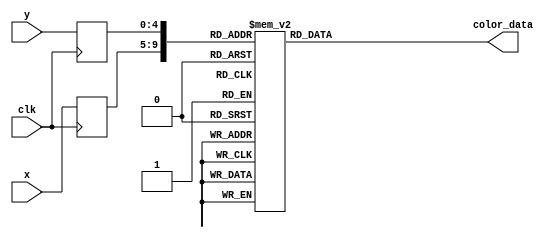
module goomba_rom(
        input wire clk,
        input wire [4:0] x,
        input wire [4:0] y,
        output reg [11:0] color_data
);

    (* rom_style = "block" *)

    //signal declaration
    reg [4:0] x_reg;
    reg [4:0] y_reg;

    always @(posedge clk) begin
        x_reg <= x;
        y_reg <= y;
    end

    always @*
        case ({x_reg, y_reg})
			// right: 5'd26, bottom: 5'd27
			{5'd0, 5'd0}: color_data = 12'h3b9;
			{5'd0, 5'd1}: color_data = 12'h3b9;
			{5'd0, 5'd2}: color_data = 12'h3b9;
			{5'd0, 5'd3}: color_data = 12'h3b9;
			{5'd0, 5'd4}: color_data = 12'h3b9;
			{5'd0, 5'd5}: color_data = 12'h3b9;
			{5'd0, 5'd6}: color_data = 12'h3b9;
			{5'd0, 5'd7}: color_data = 12'h3b9;
			{5'd0, 5'd8}: color_data = 12'h3b9;
			{5'd0, 5'd9}: color_data = 12'h3b9;
			{5'd0, 5'd10}: color_data = 12'h3b9;
			{5'd0, 5'd11}: color_data = 12'h3b9;
			{5'd0, 5'd12}: color_data = 12'h752;
			{5'd0, 5'd13}: color_data = 12'h752;
			{5'd0, 5'd14}: color_data = 12'h742;
			{5'd0, 5'd15}: color_data = 12'h742;
			{5'd0, 5'd16}: color_data = 12'h752;
			{5'd0, 5'd17}: color_data = 12'h752;
			{5'd0, 5'd18}: color_data = 12'h3b9;
			{5'd0, 5'd19}: color_data = 12'h3b9;
			{5'd0, 5'd20}: color_data = 12'h3b9;
			{5'd0, 5'd21}: color_data = 12'h3b9;
			{5'd0, 5'd22}: color_data = 12'h3b9;
			{5'd0, 5'd23}: color_data = 12'h3b9;
			{5'd0, 5'd24}: color_data = 12'h3b9;
			{5'd0, 5'd25}: color_data = 12'h3b9;
			{5'd0, 5'd26}: color_data = 12'h3b9;
			{5'd0, 5'd27}: color_data = 12'h3b9;
			{5'd1, 5'd0}: color_data = 12'h3b9;
			{5'd1, 5'd1}: color_data = 12'h3b9;
			{5'd1, 5'd2}: color_data = 12'h3b9;
			{5'd1, 5'd3}: color_data = 12'h3b9;
			{5'd1, 5'd4}: color_data = 12'h3b9;
			{5'd1, 5'd5}: color_data = 12'h3b9;
			{5'd1, 5'd6}: color_data = 12'h3b9;
			{5'd1, 5'd7}: color_data = 12'h3b9;
			{5'd1, 5'd8}: color_data = 12'h853;
			{5'd1, 5'd9}: color_data = 12'h752;
			{5'd1, 5'd10}: color_data = 12'h752;
			{5'd1, 5'd11}: color_data = 12'h752;
			{5'd1, 5'd12}: color_data = 12'h752;
			{5'd1, 5'd13}: color_data = 12'h752;
			{5'd1, 5'd14}: color_data = 12'h752;
			{5'd1, 5'd15}: color_data = 12'h752;
			{5'd1, 5'd16}: color_data = 12'h752;
			{5'd1, 5'd17}: color_data = 12'h752;
			{5'd1, 5'd18}: color_data = 12'h752;
			{5'd1, 5'd19}: color_data = 12'h852;
			{5'd1, 5'd20}: color_data = 12'h3b9;
			{5'd1, 5'd21}: color_data = 12'h3b9;
			{5'd1, 5'd22}: color_data = 12'h000;
			{5'd1, 5'd23}: color_data = 12'h000;
			{5'd1, 5'd24}: color_data = 12'h000;
			{5'd1, 5'd25}: color_data = 12'h000;
			{5'd1, 5'd26}: color_data = 12'h000;
			{5'd1, 5'd27}: color_data = 12'h3b9;
			{5'd2, 5'd0}: color_data = 12'h3b9;
			{5'd2, 5'd1}: color_data = 12'h3b9;
			{5'd2, 5'd2}: color_data = 12'h3b9;
			{5'd2, 5'd3}: color_data = 12'h3b9;
			{5'd2, 5'd4}: color_data = 12'h3b9;
			{5'd2, 5'd5}: color_data = 12'h3b9;
			{5'd2, 5'd6}: color_data = 12'h3b9;
			{5'd2, 5'd7}: color_data = 12'h3b9;
			{5'd2, 5'd8}: color_data = 12'h752;
			{5'd2, 5'd9}: color_data = 12'h752;
			{5'd2, 5'd10}: color_data = 12'h752;
			{5'd2, 5'd11}: color_data = 12'h752;
			{5'd2, 5'd12}: color_data = 12'h752;
			{5'd2, 5'd13}: color_data = 12'h752;
			{5'd2, 5'd14}: color_data = 12'h752;
			{5'd2, 5'd15}: color_data = 12'h752;
			{5'd2, 5'd16}: color_data = 12'h752;
			{5'd2, 5'd17}: color_data = 12'h752;
			{5'd2, 5'd18}: color_data = 12'h852;
			{5'd2, 5'd19}: color_data = 12'h752;
			{5'd2, 5'd20}: color_data = 12'h3b9;
			{5'd2, 5'd21}: color_data = 12'h3b9;
			{5'd2, 5'd22}: color_data = 12'h000;
			{5'd2, 5'd23}: color_data = 12'h000;
			{5'd2, 5'd24}: color_data = 12'h000;
			{5'd2, 5'd25}: color_data = 12'h000;
			{5'd2, 5'd26}: color_data = 12'h000;
			{5'd2, 5'd27}: color_data = 12'h3b9;
			{5'd3, 5'd0}: color_data = 12'h3b9;
			{5'd3, 5'd1}: color_data = 12'h3b9;
			{5'd3, 5'd2}: color_data = 12'h3b9;
			{5'd3, 5'd3}: color_data = 12'h3b9;
			{5'd3, 5'd4}: color_data = 12'h3b9;
			{5'd3, 5'd5}: color_data = 12'h3b9;
			{5'd3, 5'd6}: color_data = 12'h752;
			{5'd3, 5'd7}: color_data = 12'h752;
			{5'd3, 5'd8}: color_data = 12'h752;
			{5'd3, 5'd9}: color_data = 12'h742;
			{5'd3, 5'd10}: color_data = 12'h752;
			{5'd3, 5'd11}: color_data = 12'h752;
			{5'd3, 5'd12}: color_data = 12'h752;
			{5'd3, 5'd13}: color_data = 12'h752;
			{5'd3, 5'd14}: color_data = 12'h752;
			{5'd3, 5'd15}: color_data = 12'h752;
			{5'd3, 5'd16}: color_data = 12'h752;
			{5'd3, 5'd17}: color_data = 12'h752;
			{5'd3, 5'd18}: color_data = 12'h752;
			{5'd3, 5'd19}: color_data = 12'h752;
			{5'd3, 5'd20}: color_data = 12'h000;
			{5'd3, 5'd21}: color_data = 12'h000;
			{5'd3, 5'd22}: color_data = 12'h000;
			{5'd3, 5'd23}: color_data = 12'h000;
			{5'd3, 5'd24}: color_data = 12'h000;
			{5'd3, 5'd25}: color_data = 12'h000;
			{5'd3, 5'd26}: color_data = 12'h000;
			{5'd3, 5'd27}: color_data = 12'h000;
			{5'd4, 5'd0}: color_data = 12'h3b9;
			{5'd4, 5'd1}: color_data = 12'h3b9;
			{5'd4, 5'd2}: color_data = 12'h3b9;
			{5'd4, 5'd3}: color_data = 12'h3b9;
			{5'd4, 5'd4}: color_data = 12'h3b9;
			{5'd4, 5'd5}: color_data = 12'h752;
			{5'd4, 5'd6}: color_data = 12'h752;
			{5'd4, 5'd7}: color_data = 12'h742;
			{5'd4, 5'd8}: color_data = 12'h752;
			{5'd4, 5'd9}: color_data = 12'h752;
			{5'd4, 5'd10}: color_data = 12'h752;
			{5'd4, 5'd11}: color_data = 12'h752;
			{5'd4, 5'd12}: color_data = 12'h752;
			{5'd4, 5'd13}: color_data = 12'h752;
			{5'd4, 5'd14}: color_data = 12'h752;
			{5'd4, 5'd15}: color_data = 12'h752;
			{5'd4, 5'd16}: color_data = 12'h752;
			{5'd4, 5'd17}: color_data = 12'h752;
			{5'd4, 5'd18}: color_data = 12'h752;
			{5'd4, 5'd19}: color_data = 12'h852;
			{5'd4, 5'd20}: color_data = 12'h000;
			{5'd4, 5'd21}: color_data = 12'h000;
			{5'd4, 5'd22}: color_data = 12'h000;
			{5'd4, 5'd23}: color_data = 12'h000;
			{5'd4, 5'd24}: color_data = 12'h000;
			{5'd4, 5'd25}: color_data = 12'h000;
			{5'd4, 5'd26}: color_data = 12'h000;
			{5'd4, 5'd27}: color_data = 12'h000;
			{5'd5, 5'd0}: color_data = 12'h3b9;
			{5'd5, 5'd1}: color_data = 12'h3b9;
			{5'd5, 5'd2}: color_data = 12'h3b9;
			{5'd5, 5'd3}: color_data = 12'h3b9;
			{5'd5, 5'd4}: color_data = 12'h3b9;
			{5'd5, 5'd5}: color_data = 12'h752;
			{5'd5, 5'd6}: color_data = 12'h742;
			{5'd5, 5'd7}: color_data = 12'h100;
			{5'd5, 5'd8}: color_data = 12'h210;
			{5'd5, 5'd9}: color_data = 12'h742;
			{5'd5, 5'd10}: color_data = 12'h742;
			{5'd5, 5'd11}: color_data = 12'h742;
			{5'd5, 5'd12}: color_data = 12'h742;
			{5'd5, 5'd13}: color_data = 12'h742;
			{5'd5, 5'd14}: color_data = 12'h742;
			{5'd5, 5'd15}: color_data = 12'h742;
			{5'd5, 5'd16}: color_data = 12'h752;
			{5'd5, 5'd17}: color_data = 12'h752;
			{5'd5, 5'd18}: color_data = 12'h752;
			{5'd5, 5'd19}: color_data = 12'h752;
			{5'd5, 5'd20}: color_data = 12'h000;
			{5'd5, 5'd21}: color_data = 12'h000;
			{5'd5, 5'd22}: color_data = 12'h000;
			{5'd5, 5'd23}: color_data = 12'h000;
			{5'd5, 5'd24}: color_data = 12'h000;
			{5'd5, 5'd25}: color_data = 12'h000;
			{5'd5, 5'd26}: color_data = 12'h000;
			{5'd5, 5'd27}: color_data = 12'h000;
			{5'd6, 5'd0}: color_data = 12'h3b9;
			{5'd6, 5'd1}: color_data = 12'h3b9;
			{5'd6, 5'd2}: color_data = 12'h3b9;
			{5'd6, 5'd3}: color_data = 12'h752;
			{5'd6, 5'd4}: color_data = 12'h752;
			{5'd6, 5'd5}: color_data = 12'h752;
			{5'd6, 5'd6}: color_data = 12'h752;
			{5'd6, 5'd7}: color_data = 12'h000;
			{5'd6, 5'd8}: color_data = 12'h111;
			{5'd6, 5'd9}: color_data = 12'h986;
			{5'd6, 5'd10}: color_data = 12'h986;
			{5'd6, 5'd11}: color_data = 12'h986;
			{5'd6, 5'd12}: color_data = 12'h986;
			{5'd6, 5'd13}: color_data = 12'h986;
			{5'd6, 5'd14}: color_data = 12'h986;
			{5'd6, 5'd15}: color_data = 12'h975;
			{5'd6, 5'd16}: color_data = 12'h742;
			{5'd6, 5'd17}: color_data = 12'h752;
			{5'd6, 5'd18}: color_data = 12'h752;
			{5'd6, 5'd19}: color_data = 12'hb95;
			{5'd6, 5'd20}: color_data = 12'hdb7;
			{5'd6, 5'd21}: color_data = 12'h542;
			{5'd6, 5'd22}: color_data = 12'h321;
			{5'd6, 5'd23}: color_data = 12'h000;
			{5'd6, 5'd24}: color_data = 12'h000;
			{5'd6, 5'd25}: color_data = 12'h000;
			{5'd6, 5'd26}: color_data = 12'h000;
			{5'd6, 5'd27}: color_data = 12'h000;
			{5'd7, 5'd0}: color_data = 12'h3b9;
			{5'd7, 5'd1}: color_data = 12'h3b9;
			{5'd7, 5'd2}: color_data = 12'h3b9;
			{5'd7, 5'd3}: color_data = 12'h752;
			{5'd7, 5'd4}: color_data = 12'h752;
			{5'd7, 5'd5}: color_data = 12'h752;
			{5'd7, 5'd6}: color_data = 12'h742;
			{5'd7, 5'd7}: color_data = 12'h000;
			{5'd7, 5'd8}: color_data = 12'h333;
			{5'd7, 5'd9}: color_data = 12'hfff;
			{5'd7, 5'd10}: color_data = 12'hfff;
			{5'd7, 5'd11}: color_data = 12'hfff;
			{5'd7, 5'd12}: color_data = 12'hfff;
			{5'd7, 5'd13}: color_data = 12'hfff;
			{5'd7, 5'd14}: color_data = 12'hfff;
			{5'd7, 5'd15}: color_data = 12'hddc;
			{5'd7, 5'd16}: color_data = 12'h742;
			{5'd7, 5'd17}: color_data = 12'h742;
			{5'd7, 5'd18}: color_data = 12'h642;
			{5'd7, 5'd19}: color_data = 12'hda6;
			{5'd7, 5'd20}: color_data = 12'hfd8;
			{5'd7, 5'd21}: color_data = 12'hfd8;
			{5'd7, 5'd22}: color_data = 12'hb96;
			{5'd7, 5'd23}: color_data = 12'h000;
			{5'd7, 5'd24}: color_data = 12'h000;
			{5'd7, 5'd25}: color_data = 12'h000;
			{5'd7, 5'd26}: color_data = 12'h000;
			{5'd7, 5'd27}: color_data = 12'h000;
			{5'd8, 5'd0}: color_data = 12'h3b9;
			{5'd8, 5'd1}: color_data = 12'h742;
			{5'd8, 5'd2}: color_data = 12'h742;
			{5'd8, 5'd3}: color_data = 12'h742;
			{5'd8, 5'd4}: color_data = 12'h752;
			{5'd8, 5'd5}: color_data = 12'h752;
			{5'd8, 5'd6}: color_data = 12'h742;
			{5'd8, 5'd7}: color_data = 12'h431;
			{5'd8, 5'd8}: color_data = 12'h432;
			{5'd8, 5'd9}: color_data = 12'h666;
			{5'd8, 5'd10}: color_data = 12'h666;
			{5'd8, 5'd11}: color_data = 12'h666;
			{5'd8, 5'd12}: color_data = 12'h666;
			{5'd8, 5'd13}: color_data = 12'h777;
			{5'd8, 5'd14}: color_data = 12'hfff;
			{5'd8, 5'd15}: color_data = 12'hedc;
			{5'd8, 5'd16}: color_data = 12'h742;
			{5'd8, 5'd17}: color_data = 12'h974;
			{5'd8, 5'd18}: color_data = 12'hc95;
			{5'd8, 5'd19}: color_data = 12'heb7;
			{5'd8, 5'd20}: color_data = 12'hfc8;
			{5'd8, 5'd21}: color_data = 12'hfc8;
			{5'd8, 5'd22}: color_data = 12'hb96;
			{5'd8, 5'd23}: color_data = 12'h000;
			{5'd8, 5'd24}: color_data = 12'h000;
			{5'd8, 5'd25}: color_data = 12'h000;
			{5'd8, 5'd26}: color_data = 12'h000;
			{5'd8, 5'd27}: color_data = 12'h000;
			{5'd9, 5'd0}: color_data = 12'h3b9;
			{5'd9, 5'd1}: color_data = 12'h742;
			{5'd9, 5'd2}: color_data = 12'h752;
			{5'd9, 5'd3}: color_data = 12'h752;
			{5'd9, 5'd4}: color_data = 12'h752;
			{5'd9, 5'd5}: color_data = 12'h752;
			{5'd9, 5'd6}: color_data = 12'h752;
			{5'd9, 5'd7}: color_data = 12'h752;
			{5'd9, 5'd8}: color_data = 12'h642;
			{5'd9, 5'd9}: color_data = 12'h000;
			{5'd9, 5'd10}: color_data = 12'h000;
			{5'd9, 5'd11}: color_data = 12'h000;
			{5'd9, 5'd12}: color_data = 12'h000;
			{5'd9, 5'd13}: color_data = 12'h000;
			{5'd9, 5'd14}: color_data = 12'heee;
			{5'd9, 5'd15}: color_data = 12'hedc;
			{5'd9, 5'd16}: color_data = 12'h742;
			{5'd9, 5'd17}: color_data = 12'hb85;
			{5'd9, 5'd18}: color_data = 12'hfd8;
			{5'd9, 5'd19}: color_data = 12'hfc8;
			{5'd9, 5'd20}: color_data = 12'hfc8;
			{5'd9, 5'd21}: color_data = 12'hfc8;
			{5'd9, 5'd22}: color_data = 12'hb96;
			{5'd9, 5'd23}: color_data = 12'h000;
			{5'd9, 5'd24}: color_data = 12'h000;
			{5'd9, 5'd25}: color_data = 12'h000;
			{5'd9, 5'd26}: color_data = 12'h000;
			{5'd9, 5'd27}: color_data = 12'h000;
			{5'd10, 5'd0}: color_data = 12'h752;
			{5'd10, 5'd1}: color_data = 12'h742;
			{5'd10, 5'd2}: color_data = 12'h752;
			{5'd10, 5'd3}: color_data = 12'h752;
			{5'd10, 5'd4}: color_data = 12'h752;
			{5'd10, 5'd5}: color_data = 12'h752;
			{5'd10, 5'd6}: color_data = 12'h752;
			{5'd10, 5'd7}: color_data = 12'h752;
			{5'd10, 5'd8}: color_data = 12'h742;
			{5'd10, 5'd9}: color_data = 12'h642;
			{5'd10, 5'd10}: color_data = 12'h321;
			{5'd10, 5'd11}: color_data = 12'h000;
			{5'd10, 5'd12}: color_data = 12'h999;
			{5'd10, 5'd13}: color_data = 12'heee;
			{5'd10, 5'd14}: color_data = 12'hfff;
			{5'd10, 5'd15}: color_data = 12'hddc;
			{5'd10, 5'd16}: color_data = 12'h742;
			{5'd10, 5'd17}: color_data = 12'hb85;
			{5'd10, 5'd18}: color_data = 12'hfc8;
			{5'd10, 5'd19}: color_data = 12'hfc8;
			{5'd10, 5'd20}: color_data = 12'hfc8;
			{5'd10, 5'd21}: color_data = 12'hfc8;
			{5'd10, 5'd22}: color_data = 12'hfc7;
			{5'd10, 5'd23}: color_data = 12'hdb7;
			{5'd10, 5'd24}: color_data = 12'h653;
			{5'd10, 5'd25}: color_data = 12'h000;
			{5'd10, 5'd26}: color_data = 12'h000;
			{5'd10, 5'd27}: color_data = 12'h000;
			{5'd11, 5'd0}: color_data = 12'h752;
			{5'd11, 5'd1}: color_data = 12'h752;
			{5'd11, 5'd2}: color_data = 12'h752;
			{5'd11, 5'd3}: color_data = 12'h752;
			{5'd11, 5'd4}: color_data = 12'h752;
			{5'd11, 5'd5}: color_data = 12'h752;
			{5'd11, 5'd6}: color_data = 12'h752;
			{5'd11, 5'd7}: color_data = 12'h752;
			{5'd11, 5'd8}: color_data = 12'h752;
			{5'd11, 5'd9}: color_data = 12'h752;
			{5'd11, 5'd10}: color_data = 12'h421;
			{5'd11, 5'd11}: color_data = 12'h000;
			{5'd11, 5'd12}: color_data = 12'h999;
			{5'd11, 5'd13}: color_data = 12'heed;
			{5'd11, 5'd14}: color_data = 12'hedd;
			{5'd11, 5'd15}: color_data = 12'hcba;
			{5'd11, 5'd16}: color_data = 12'h742;
			{5'd11, 5'd17}: color_data = 12'hb85;
			{5'd11, 5'd18}: color_data = 12'hfc8;
			{5'd11, 5'd19}: color_data = 12'hfc8;
			{5'd11, 5'd20}: color_data = 12'hfc8;
			{5'd11, 5'd21}: color_data = 12'hfc8;
			{5'd11, 5'd22}: color_data = 12'hfc8;
			{5'd11, 5'd23}: color_data = 12'hfd8;
			{5'd11, 5'd24}: color_data = 12'h975;
			{5'd11, 5'd25}: color_data = 12'h321;
			{5'd11, 5'd26}: color_data = 12'h110;
			{5'd11, 5'd27}: color_data = 12'h000;
			{5'd12, 5'd0}: color_data = 12'h752;
			{5'd12, 5'd1}: color_data = 12'h752;
			{5'd12, 5'd2}: color_data = 12'h752;
			{5'd12, 5'd3}: color_data = 12'h752;
			{5'd12, 5'd4}: color_data = 12'h752;
			{5'd12, 5'd5}: color_data = 12'h752;
			{5'd12, 5'd6}: color_data = 12'h752;
			{5'd12, 5'd7}: color_data = 12'h752;
			{5'd12, 5'd8}: color_data = 12'h752;
			{5'd12, 5'd9}: color_data = 12'h752;
			{5'd12, 5'd10}: color_data = 12'h421;
			{5'd12, 5'd11}: color_data = 12'h000;
			{5'd12, 5'd12}: color_data = 12'h531;
			{5'd12, 5'd13}: color_data = 12'h752;
			{5'd12, 5'd14}: color_data = 12'h742;
			{5'd12, 5'd15}: color_data = 12'h742;
			{5'd12, 5'd16}: color_data = 12'h742;
			{5'd12, 5'd17}: color_data = 12'hb85;
			{5'd12, 5'd18}: color_data = 12'hfc8;
			{5'd12, 5'd19}: color_data = 12'hfc8;
			{5'd12, 5'd20}: color_data = 12'hfc8;
			{5'd12, 5'd21}: color_data = 12'hfc8;
			{5'd12, 5'd22}: color_data = 12'hfc8;
			{5'd12, 5'd23}: color_data = 12'hfc8;
			{5'd12, 5'd24}: color_data = 12'hfc8;
			{5'd12, 5'd25}: color_data = 12'hfc8;
			{5'd12, 5'd26}: color_data = 12'heb7;
			{5'd12, 5'd27}: color_data = 12'h000;
			{5'd13, 5'd0}: color_data = 12'h752;
			{5'd13, 5'd1}: color_data = 12'h752;
			{5'd13, 5'd2}: color_data = 12'h752;
			{5'd13, 5'd3}: color_data = 12'h752;
			{5'd13, 5'd4}: color_data = 12'h752;
			{5'd13, 5'd5}: color_data = 12'h752;
			{5'd13, 5'd6}: color_data = 12'h752;
			{5'd13, 5'd7}: color_data = 12'h752;
			{5'd13, 5'd8}: color_data = 12'h752;
			{5'd13, 5'd9}: color_data = 12'h752;
			{5'd13, 5'd10}: color_data = 12'h421;
			{5'd13, 5'd11}: color_data = 12'h000;
			{5'd13, 5'd12}: color_data = 12'h531;
			{5'd13, 5'd13}: color_data = 12'h752;
			{5'd13, 5'd14}: color_data = 12'h742;
			{5'd13, 5'd15}: color_data = 12'h742;
			{5'd13, 5'd16}: color_data = 12'h742;
			{5'd13, 5'd17}: color_data = 12'hb85;
			{5'd13, 5'd18}: color_data = 12'hfc8;
			{5'd13, 5'd19}: color_data = 12'hfc8;
			{5'd13, 5'd20}: color_data = 12'hfc8;
			{5'd13, 5'd21}: color_data = 12'hfc8;
			{5'd13, 5'd22}: color_data = 12'hfc8;
			{5'd13, 5'd23}: color_data = 12'hfc8;
			{5'd13, 5'd24}: color_data = 12'hfc8;
			{5'd13, 5'd25}: color_data = 12'hfc8;
			{5'd13, 5'd26}: color_data = 12'hfc8;
			{5'd13, 5'd27}: color_data = 12'h3b9;
			{5'd14, 5'd0}: color_data = 12'h752;
			{5'd14, 5'd1}: color_data = 12'h752;
			{5'd14, 5'd2}: color_data = 12'h752;
			{5'd14, 5'd3}: color_data = 12'h752;
			{5'd14, 5'd4}: color_data = 12'h752;
			{5'd14, 5'd5}: color_data = 12'h752;
			{5'd14, 5'd6}: color_data = 12'h752;
			{5'd14, 5'd7}: color_data = 12'h752;
			{5'd14, 5'd8}: color_data = 12'h752;
			{5'd14, 5'd9}: color_data = 12'h752;
			{5'd14, 5'd10}: color_data = 12'h421;
			{5'd14, 5'd11}: color_data = 12'h000;
			{5'd14, 5'd12}: color_data = 12'h531;
			{5'd14, 5'd13}: color_data = 12'h752;
			{5'd14, 5'd14}: color_data = 12'h742;
			{5'd14, 5'd15}: color_data = 12'h742;
			{5'd14, 5'd16}: color_data = 12'h742;
			{5'd14, 5'd17}: color_data = 12'hb85;
			{5'd14, 5'd18}: color_data = 12'hfc8;
			{5'd14, 5'd19}: color_data = 12'hfc8;
			{5'd14, 5'd20}: color_data = 12'hfc8;
			{5'd14, 5'd21}: color_data = 12'hfc8;
			{5'd14, 5'd22}: color_data = 12'hfc8;
			{5'd14, 5'd23}: color_data = 12'hfc8;
			{5'd14, 5'd24}: color_data = 12'hfc8;
			{5'd14, 5'd25}: color_data = 12'hfc8;
			{5'd14, 5'd26}: color_data = 12'heb7;
			{5'd14, 5'd27}: color_data = 12'h000;
			{5'd15, 5'd0}: color_data = 12'h752;
			{5'd15, 5'd1}: color_data = 12'h752;
			{5'd15, 5'd2}: color_data = 12'h752;
			{5'd15, 5'd3}: color_data = 12'h752;
			{5'd15, 5'd4}: color_data = 12'h752;
			{5'd15, 5'd5}: color_data = 12'h752;
			{5'd15, 5'd6}: color_data = 12'h752;
			{5'd15, 5'd7}: color_data = 12'h752;
			{5'd15, 5'd8}: color_data = 12'h752;
			{5'd15, 5'd9}: color_data = 12'h752;
			{5'd15, 5'd10}: color_data = 12'h421;
			{5'd15, 5'd11}: color_data = 12'h000;
			{5'd15, 5'd12}: color_data = 12'h999;
			{5'd15, 5'd13}: color_data = 12'heed;
			{5'd15, 5'd14}: color_data = 12'hedd;
			{5'd15, 5'd15}: color_data = 12'hcba;
			{5'd15, 5'd16}: color_data = 12'h742;
			{5'd15, 5'd17}: color_data = 12'hb85;
			{5'd15, 5'd18}: color_data = 12'hfc8;
			{5'd15, 5'd19}: color_data = 12'hfc8;
			{5'd15, 5'd20}: color_data = 12'hfc8;
			{5'd15, 5'd21}: color_data = 12'hfc8;
			{5'd15, 5'd22}: color_data = 12'hfc8;
			{5'd15, 5'd23}: color_data = 12'hfd8;
			{5'd15, 5'd24}: color_data = 12'h975;
			{5'd15, 5'd25}: color_data = 12'h221;
			{5'd15, 5'd26}: color_data = 12'h110;
			{5'd15, 5'd27}: color_data = 12'h000;
			{5'd16, 5'd0}: color_data = 12'h752;
			{5'd16, 5'd1}: color_data = 12'h752;
			{5'd16, 5'd2}: color_data = 12'h742;
			{5'd16, 5'd3}: color_data = 12'h752;
			{5'd16, 5'd4}: color_data = 12'h752;
			{5'd16, 5'd5}: color_data = 12'h752;
			{5'd16, 5'd6}: color_data = 12'h752;
			{5'd16, 5'd7}: color_data = 12'h752;
			{5'd16, 5'd8}: color_data = 12'h742;
			{5'd16, 5'd9}: color_data = 12'h642;
			{5'd16, 5'd10}: color_data = 12'h321;
			{5'd16, 5'd11}: color_data = 12'h000;
			{5'd16, 5'd12}: color_data = 12'h999;
			{5'd16, 5'd13}: color_data = 12'heee;
			{5'd16, 5'd14}: color_data = 12'hfff;
			{5'd16, 5'd15}: color_data = 12'hddc;
			{5'd16, 5'd16}: color_data = 12'h742;
			{5'd16, 5'd17}: color_data = 12'hb85;
			{5'd16, 5'd18}: color_data = 12'hfc8;
			{5'd16, 5'd19}: color_data = 12'hfc8;
			{5'd16, 5'd20}: color_data = 12'hfc8;
			{5'd16, 5'd21}: color_data = 12'hfc8;
			{5'd16, 5'd22}: color_data = 12'hfc7;
			{5'd16, 5'd23}: color_data = 12'hdb7;
			{5'd16, 5'd24}: color_data = 12'h653;
			{5'd16, 5'd25}: color_data = 12'h000;
			{5'd16, 5'd26}: color_data = 12'h000;
			{5'd16, 5'd27}: color_data = 12'h000;
			{5'd17, 5'd0}: color_data = 12'h3b9;
			{5'd17, 5'd1}: color_data = 12'h752;
			{5'd17, 5'd2}: color_data = 12'h752;
			{5'd17, 5'd3}: color_data = 12'h752;
			{5'd17, 5'd4}: color_data = 12'h752;
			{5'd17, 5'd5}: color_data = 12'h752;
			{5'd17, 5'd6}: color_data = 12'h752;
			{5'd17, 5'd7}: color_data = 12'h752;
			{5'd17, 5'd8}: color_data = 12'h642;
			{5'd17, 5'd9}: color_data = 12'h000;
			{5'd17, 5'd10}: color_data = 12'h000;
			{5'd17, 5'd11}: color_data = 12'h000;
			{5'd17, 5'd12}: color_data = 12'h000;
			{5'd17, 5'd13}: color_data = 12'h000;
			{5'd17, 5'd14}: color_data = 12'heee;
			{5'd17, 5'd15}: color_data = 12'hedc;
			{5'd17, 5'd16}: color_data = 12'h742;
			{5'd17, 5'd17}: color_data = 12'hb85;
			{5'd17, 5'd18}: color_data = 12'hfd8;
			{5'd17, 5'd19}: color_data = 12'hfc8;
			{5'd17, 5'd20}: color_data = 12'hfc8;
			{5'd17, 5'd21}: color_data = 12'hfc8;
			{5'd17, 5'd22}: color_data = 12'hb96;
			{5'd17, 5'd23}: color_data = 12'h000;
			{5'd17, 5'd24}: color_data = 12'h000;
			{5'd17, 5'd25}: color_data = 12'h000;
			{5'd17, 5'd26}: color_data = 12'h000;
			{5'd17, 5'd27}: color_data = 12'h000;
			{5'd18, 5'd0}: color_data = 12'h3b9;
			{5'd18, 5'd1}: color_data = 12'h752;
			{5'd18, 5'd2}: color_data = 12'h752;
			{5'd18, 5'd3}: color_data = 12'h752;
			{5'd18, 5'd4}: color_data = 12'h752;
			{5'd18, 5'd5}: color_data = 12'h752;
			{5'd18, 5'd6}: color_data = 12'h742;
			{5'd18, 5'd7}: color_data = 12'h431;
			{5'd18, 5'd8}: color_data = 12'h432;
			{5'd18, 5'd9}: color_data = 12'h666;
			{5'd18, 5'd10}: color_data = 12'h666;
			{5'd18, 5'd11}: color_data = 12'h666;
			{5'd18, 5'd12}: color_data = 12'h666;
			{5'd18, 5'd13}: color_data = 12'h777;
			{5'd18, 5'd14}: color_data = 12'hfff;
			{5'd18, 5'd15}: color_data = 12'hedc;
			{5'd18, 5'd16}: color_data = 12'h742;
			{5'd18, 5'd17}: color_data = 12'h974;
			{5'd18, 5'd18}: color_data = 12'hc95;
			{5'd18, 5'd19}: color_data = 12'heb7;
			{5'd18, 5'd20}: color_data = 12'hfc8;
			{5'd18, 5'd21}: color_data = 12'hfc8;
			{5'd18, 5'd22}: color_data = 12'hb96;
			{5'd18, 5'd23}: color_data = 12'h000;
			{5'd18, 5'd24}: color_data = 12'h000;
			{5'd18, 5'd25}: color_data = 12'h000;
			{5'd18, 5'd26}: color_data = 12'h000;
			{5'd18, 5'd27}: color_data = 12'h000;
			{5'd19, 5'd0}: color_data = 12'h3b9;
			{5'd19, 5'd1}: color_data = 12'h3b9;
			{5'd19, 5'd2}: color_data = 12'h3b9;
			{5'd19, 5'd3}: color_data = 12'h752;
			{5'd19, 5'd4}: color_data = 12'h752;
			{5'd19, 5'd5}: color_data = 12'h752;
			{5'd19, 5'd6}: color_data = 12'h742;
			{5'd19, 5'd7}: color_data = 12'h000;
			{5'd19, 5'd8}: color_data = 12'h333;
			{5'd19, 5'd9}: color_data = 12'hfff;
			{5'd19, 5'd10}: color_data = 12'hfff;
			{5'd19, 5'd11}: color_data = 12'hfff;
			{5'd19, 5'd12}: color_data = 12'hfff;
			{5'd19, 5'd13}: color_data = 12'hfff;
			{5'd19, 5'd14}: color_data = 12'hfff;
			{5'd19, 5'd15}: color_data = 12'hddc;
			{5'd19, 5'd16}: color_data = 12'h742;
			{5'd19, 5'd17}: color_data = 12'h742;
			{5'd19, 5'd18}: color_data = 12'h642;
			{5'd19, 5'd19}: color_data = 12'hda6;
			{5'd19, 5'd20}: color_data = 12'hfd8;
			{5'd19, 5'd21}: color_data = 12'hfd8;
			{5'd19, 5'd22}: color_data = 12'hb96;
			{5'd19, 5'd23}: color_data = 12'h000;
			{5'd19, 5'd24}: color_data = 12'h000;
			{5'd19, 5'd25}: color_data = 12'h000;
			{5'd19, 5'd26}: color_data = 12'h000;
			{5'd19, 5'd27}: color_data = 12'h000;
			{5'd20, 5'd0}: color_data = 12'h3b9;
			{5'd20, 5'd1}: color_data = 12'h3b9;
			{5'd20, 5'd2}: color_data = 12'h3b9;
			{5'd20, 5'd3}: color_data = 12'h742;
			{5'd20, 5'd4}: color_data = 12'h752;
			{5'd20, 5'd5}: color_data = 12'h752;
			{5'd20, 5'd6}: color_data = 12'h752;
			{5'd20, 5'd7}: color_data = 12'h000;
			{5'd20, 5'd8}: color_data = 12'h111;
			{5'd20, 5'd9}: color_data = 12'h976;
			{5'd20, 5'd10}: color_data = 12'h976;
			{5'd20, 5'd11}: color_data = 12'h976;
			{5'd20, 5'd12}: color_data = 12'h976;
			{5'd20, 5'd13}: color_data = 12'h976;
			{5'd20, 5'd14}: color_data = 12'h976;
			{5'd20, 5'd15}: color_data = 12'h975;
			{5'd20, 5'd16}: color_data = 12'h742;
			{5'd20, 5'd17}: color_data = 12'h752;
			{5'd20, 5'd18}: color_data = 12'h752;
			{5'd20, 5'd19}: color_data = 12'hb95;
			{5'd20, 5'd20}: color_data = 12'hdb7;
			{5'd20, 5'd21}: color_data = 12'h542;
			{5'd20, 5'd22}: color_data = 12'h321;
			{5'd20, 5'd23}: color_data = 12'h000;
			{5'd20, 5'd24}: color_data = 12'h000;
			{5'd20, 5'd25}: color_data = 12'h000;
			{5'd20, 5'd26}: color_data = 12'h000;
			{5'd20, 5'd27}: color_data = 12'h000;
			{5'd21, 5'd0}: color_data = 12'h3b9;
			{5'd21, 5'd1}: color_data = 12'h3b9;
			{5'd21, 5'd2}: color_data = 12'h3b9;
			{5'd21, 5'd3}: color_data = 12'h3b9;
			{5'd21, 5'd4}: color_data = 12'h3b9;
			{5'd21, 5'd5}: color_data = 12'h752;
			{5'd21, 5'd6}: color_data = 12'h742;
			{5'd21, 5'd7}: color_data = 12'h110;
			{5'd21, 5'd8}: color_data = 12'h210;
			{5'd21, 5'd9}: color_data = 12'h742;
			{5'd21, 5'd10}: color_data = 12'h742;
			{5'd21, 5'd11}: color_data = 12'h742;
			{5'd21, 5'd12}: color_data = 12'h742;
			{5'd21, 5'd13}: color_data = 12'h742;
			{5'd21, 5'd14}: color_data = 12'h742;
			{5'd21, 5'd15}: color_data = 12'h742;
			{5'd21, 5'd16}: color_data = 12'h752;
			{5'd21, 5'd17}: color_data = 12'h752;
			{5'd21, 5'd18}: color_data = 12'h752;
			{5'd21, 5'd19}: color_data = 12'h752;
			{5'd21, 5'd20}: color_data = 12'h000;
			{5'd21, 5'd21}: color_data = 12'h000;
			{5'd21, 5'd22}: color_data = 12'h000;
			{5'd21, 5'd23}: color_data = 12'h000;
			{5'd21, 5'd24}: color_data = 12'h000;
			{5'd21, 5'd25}: color_data = 12'h000;
			{5'd21, 5'd26}: color_data = 12'h000;
			{5'd21, 5'd27}: color_data = 12'h000;
			{5'd22, 5'd0}: color_data = 12'h3b9;
			{5'd22, 5'd1}: color_data = 12'h3b9;
			{5'd22, 5'd2}: color_data = 12'h3b9;
			{5'd22, 5'd3}: color_data = 12'h3b9;
			{5'd22, 5'd4}: color_data = 12'h3b9;
			{5'd22, 5'd5}: color_data = 12'h733;
			{5'd22, 5'd6}: color_data = 12'h752;
			{5'd22, 5'd7}: color_data = 12'h742;
			{5'd22, 5'd8}: color_data = 12'h752;
			{5'd22, 5'd9}: color_data = 12'h752;
			{5'd22, 5'd10}: color_data = 12'h752;
			{5'd22, 5'd11}: color_data = 12'h752;
			{5'd22, 5'd12}: color_data = 12'h752;
			{5'd22, 5'd13}: color_data = 12'h752;
			{5'd22, 5'd14}: color_data = 12'h752;
			{5'd22, 5'd15}: color_data = 12'h752;
			{5'd22, 5'd16}: color_data = 12'h752;
			{5'd22, 5'd17}: color_data = 12'h752;
			{5'd22, 5'd18}: color_data = 12'h752;
			{5'd22, 5'd19}: color_data = 12'h852;
			{5'd22, 5'd20}: color_data = 12'h000;
			{5'd22, 5'd21}: color_data = 12'h000;
			{5'd22, 5'd22}: color_data = 12'h000;
			{5'd22, 5'd23}: color_data = 12'h000;
			{5'd22, 5'd24}: color_data = 12'h000;
			{5'd22, 5'd25}: color_data = 12'h000;
			{5'd22, 5'd26}: color_data = 12'h000;
			{5'd22, 5'd27}: color_data = 12'h000;
			{5'd23, 5'd0}: color_data = 12'h3b9;
			{5'd23, 5'd1}: color_data = 12'h3b9;
			{5'd23, 5'd2}: color_data = 12'h3b9;
			{5'd23, 5'd3}: color_data = 12'h3b9;
			{5'd23, 5'd4}: color_data = 12'h3b9;
			{5'd23, 5'd5}: color_data = 12'h3b9;
			{5'd23, 5'd6}: color_data = 12'h752;
			{5'd23, 5'd7}: color_data = 12'h752;
			{5'd23, 5'd8}: color_data = 12'h752;
			{5'd23, 5'd9}: color_data = 12'h752;
			{5'd23, 5'd10}: color_data = 12'h752;
			{5'd23, 5'd11}: color_data = 12'h752;
			{5'd23, 5'd12}: color_data = 12'h752;
			{5'd23, 5'd13}: color_data = 12'h752;
			{5'd23, 5'd14}: color_data = 12'h752;
			{5'd23, 5'd15}: color_data = 12'h752;
			{5'd23, 5'd16}: color_data = 12'h752;
			{5'd23, 5'd17}: color_data = 12'h752;
			{5'd23, 5'd18}: color_data = 12'h752;
			{5'd23, 5'd19}: color_data = 12'h752;
			{5'd23, 5'd20}: color_data = 12'h000;
			{5'd23, 5'd21}: color_data = 12'h000;
			{5'd23, 5'd22}: color_data = 12'h000;
			{5'd23, 5'd23}: color_data = 12'h000;
			{5'd23, 5'd24}: color_data = 12'h000;
			{5'd23, 5'd25}: color_data = 12'h000;
			{5'd23, 5'd26}: color_data = 12'h000;
			{5'd23, 5'd27}: color_data = 12'h000;
			{5'd24, 5'd0}: color_data = 12'h3b9;
			{5'd24, 5'd1}: color_data = 12'h3b9;
			{5'd24, 5'd2}: color_data = 12'h3b9;
			{5'd24, 5'd3}: color_data = 12'h3b9;
			{5'd24, 5'd4}: color_data = 12'h3b9;
			{5'd24, 5'd5}: color_data = 12'h3b9;
			{5'd24, 5'd6}: color_data = 12'h3b9;
			{5'd24, 5'd7}: color_data = 12'h3b9;
			{5'd24, 5'd8}: color_data = 12'h752;
			{5'd24, 5'd9}: color_data = 12'h752;
			{5'd24, 5'd10}: color_data = 12'h752;
			{5'd24, 5'd11}: color_data = 12'h752;
			{5'd24, 5'd12}: color_data = 12'h752;
			{5'd24, 5'd13}: color_data = 12'h752;
			{5'd24, 5'd14}: color_data = 12'h752;
			{5'd24, 5'd15}: color_data = 12'h752;
			{5'd24, 5'd16}: color_data = 12'h752;
			{5'd24, 5'd17}: color_data = 12'h752;
			{5'd24, 5'd18}: color_data = 12'h852;
			{5'd24, 5'd19}: color_data = 12'h752;
			{5'd24, 5'd20}: color_data = 12'h3b9;
			{5'd24, 5'd21}: color_data = 12'h3b9;
			{5'd24, 5'd22}: color_data = 12'h000;
			{5'd24, 5'd23}: color_data = 12'h000;
			{5'd24, 5'd24}: color_data = 12'h000;
			{5'd24, 5'd25}: color_data = 12'h000;
			{5'd24, 5'd26}: color_data = 12'h000;
			{5'd24, 5'd27}: color_data = 12'h3b9;
			{5'd25, 5'd0}: color_data = 12'h3b9;
			{5'd25, 5'd1}: color_data = 12'h3b9;
			{5'd25, 5'd2}: color_data = 12'h3b9;
			{5'd25, 5'd3}: color_data = 12'h3b9;
			{5'd25, 5'd4}: color_data = 12'h3b9;
			{5'd25, 5'd5}: color_data = 12'h3b9;
			{5'd25, 5'd6}: color_data = 12'h3b9;
			{5'd25, 5'd7}: color_data = 12'h3b9;
			{5'd25, 5'd8}: color_data = 12'h752;
			{5'd25, 5'd9}: color_data = 12'h752;
			{5'd25, 5'd10}: color_data = 12'h752;
			{5'd25, 5'd11}: color_data = 12'h752;
			{5'd25, 5'd12}: color_data = 12'h752;
			{5'd25, 5'd13}: color_data = 12'h752;
			{5'd25, 5'd14}: color_data = 12'h752;
			{5'd25, 5'd15}: color_data = 12'h752;
			{5'd25, 5'd16}: color_data = 12'h752;
			{5'd25, 5'd17}: color_data = 12'h752;
			{5'd25, 5'd18}: color_data = 12'h752;
			{5'd25, 5'd19}: color_data = 12'h752;
			{5'd25, 5'd20}: color_data = 12'h3b9;
			{5'd25, 5'd21}: color_data = 12'h3b9;
			{5'd25, 5'd22}: color_data = 12'h000;
			{5'd25, 5'd23}: color_data = 12'h000;
			{5'd25, 5'd24}: color_data = 12'h000;
			{5'd25, 5'd25}: color_data = 12'h000;
			{5'd25, 5'd26}: color_data = 12'h000;
			{5'd25, 5'd27}: color_data = 12'h3b9;
			{5'd26, 5'd0}: color_data = 12'h3b9;
			{5'd26, 5'd1}: color_data = 12'h3b9;
			{5'd26, 5'd2}: color_data = 12'h3b9;
			{5'd26, 5'd3}: color_data = 12'h3b9;
			{5'd26, 5'd4}: color_data = 12'h3b9;
			{5'd26, 5'd5}: color_data = 12'h3b9;
			{5'd26, 5'd6}: color_data = 12'h3b9;
			{5'd26, 5'd7}: color_data = 12'h3b9;
			{5'd26, 5'd8}: color_data = 12'h3b9;
			{5'd26, 5'd9}: color_data = 12'h3b9;
			{5'd26, 5'd10}: color_data = 12'h3b9;
			{5'd26, 5'd11}: color_data = 12'h3b9;
			{5'd26, 5'd12}: color_data = 12'h752;
			{5'd26, 5'd13}: color_data = 12'h752;
			{5'd26, 5'd14}: color_data = 12'h752;
			{5'd26, 5'd15}: color_data = 12'h752;
			{5'd26, 5'd16}: color_data = 12'h752;
			{5'd26, 5'd17}: color_data = 12'h752;
			{5'd26, 5'd18}: color_data = 12'h3b9;
			{5'd26, 5'd19}: color_data = 12'h3b9;
			{5'd26, 5'd20}: color_data = 12'h3b9;
			{5'd26, 5'd21}: color_data = 12'h3b9;
			{5'd26, 5'd22}: color_data = 12'h3b9;
			{5'd26, 5'd23}: color_data = 12'h3b9;
			{5'd26, 5'd24}: color_data = 12'h3b9;
			{5'd26, 5'd25}: color_data = 12'h3b9;
			{5'd26, 5'd26}: color_data = 12'h3b9;
			{5'd26, 5'd27}: color_data = 12'h3b9;
            default: color_data = 12'h3b9;
        endcase
endmodule